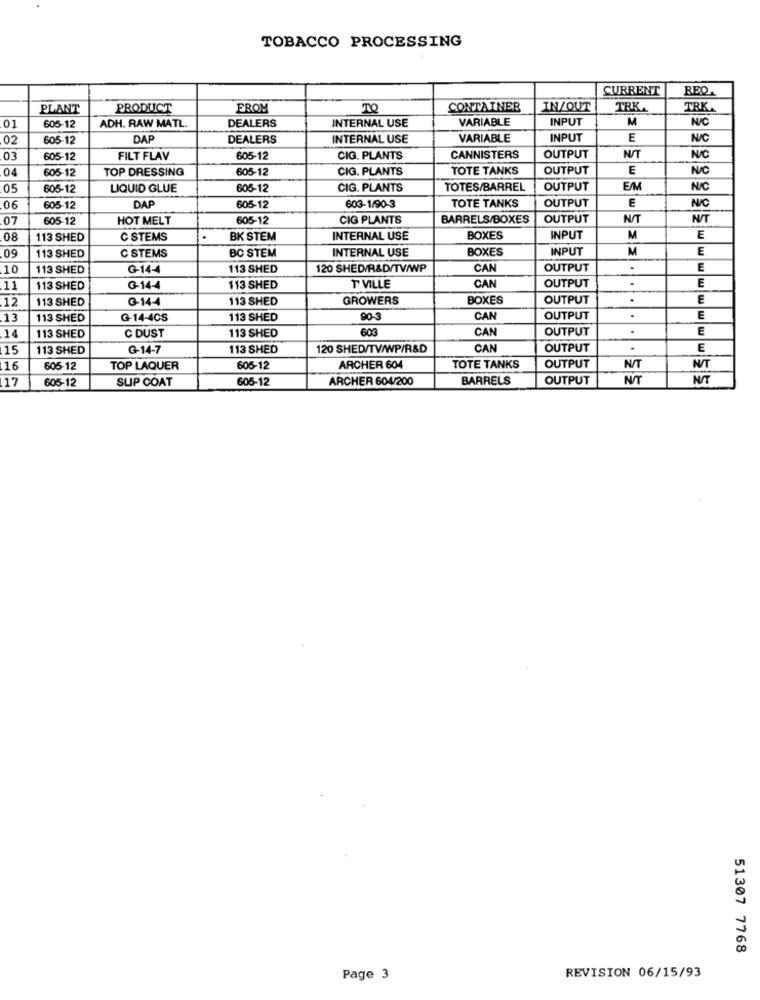
TOBACCO PROCESSING
CURRENT
RED.
PLANT
PRODUCT
FROM
CONTAINER
IN/OUT
TRKA
TRK.
INTERNAL USE
VARIABLE
INPUT
M
N/C
01
605-12
ADH. RAW MATL.
DEALERS
02
605-12
DAP
DEALERS
INTERNAL USE
VARIABLE
INPUT
E
N/C
03
605-12
FILT FLAV
605-12
CIG. PLANTS
CANNISTERS
OUTPUT
N/T
N/C
04
605-12
TOP DRESSING
605-12
CIG. PLANTS
TOTE TANKS
OUTPUT
E
NU/C
05
605-12
LIQUID GLUE
605-12
CIG. PLANTS
TOTES/BARREL
OUTPUT
E/M
N/C
DAP
603-1/90-3
TOTE TANKS
N/C
06
605-12
605-12
OUTPUT
E
07
605-12
HOT MELT
605-12
CIG PLANTS
BARRELS/BOXES
OUTPUT
N/T
N/T
08
113 SHED
C STEMS
BK STEM
INTERNAL USE
BOXES
INPUT
M
E
09
BC STEM
INTERNAL USE
BOXES
INPUT
M
E
113 SHED
C STEMS
10
113 SHED
G-14-4
113 SHED
120 SHED/R&D/TV/WP
CAN
OUTPUT
.
E
T VILLE
CAN
.
E
11
113 SHED
G-14-4
113 SHED
OUTPUT
12
113 SHED
G-14-4
113 SHED
GROWERS
BOXES
OUTPUT
.
E
13
113 SHED
G-14-4CS
113 SHED
90-3
CAN
OUTPUT
.
E
14
113 SHED
603
CAN
OUTPUT
.
E
113 SHED
C DUST
15
113 SHED
G-14-7
113 SHED
120 SHED/TV/WP/R&D
CAN
OUTPUT
E
16
605-12
TOP LAQUER
605-12
ARCHER 604
TOTE TANKS
OUTPUT
N/T
N/T
17
SUP COAT
605-12
ARCHER 604/200
BARRELS
OUTPUT
NOT
N/T
605-12
51307 7768
Page 3
REVISION 06/15/93